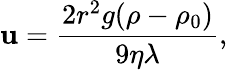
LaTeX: \mathbf{u}=\frac{{2r^{2}g(\rho-\rho_{0})}}{{9\eta\lambda}},